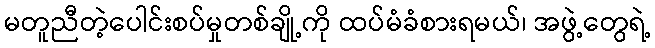
မတူညီတဲ့ပေါင်းစပ်မှုတစ်ချို့ကို ထပ်မံခံစားရမယ်၊ အဖွဲ့တွေရဲ့